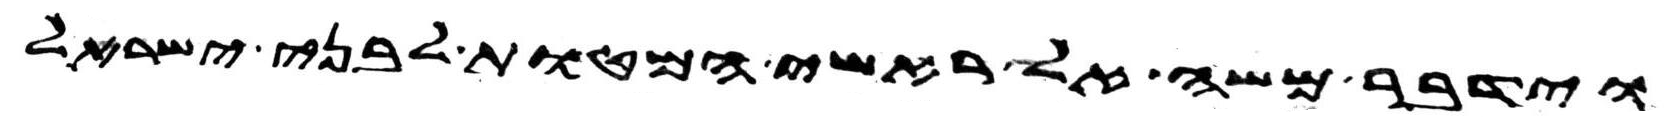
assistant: וידבר משה אל ראשי המטות לבני ישראל